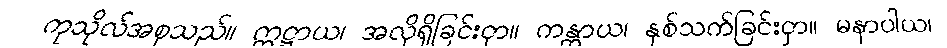
ကုသိုလ်အစုသည်။ ဣဋ္ဌာယ၊ အလိုရှိခြင်းငှာ။ ကန္တာယ၊ နှစ်သက်ခြင်းငှာ။ မနာပါယ၊